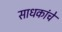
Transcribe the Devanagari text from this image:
साधकांचे